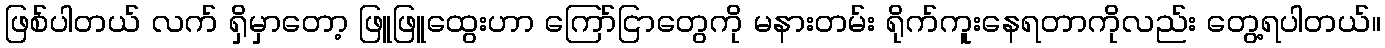
ဖြစ်ပါတယ် လက် ရှိမှာတော့ ဖြူဖြူထွေးဟာ ကြော်ငြာတွေကို မနားတမ်း ရိုက်ကူးနေရတာကိုလည်း တွေ့ရပါတယ်။